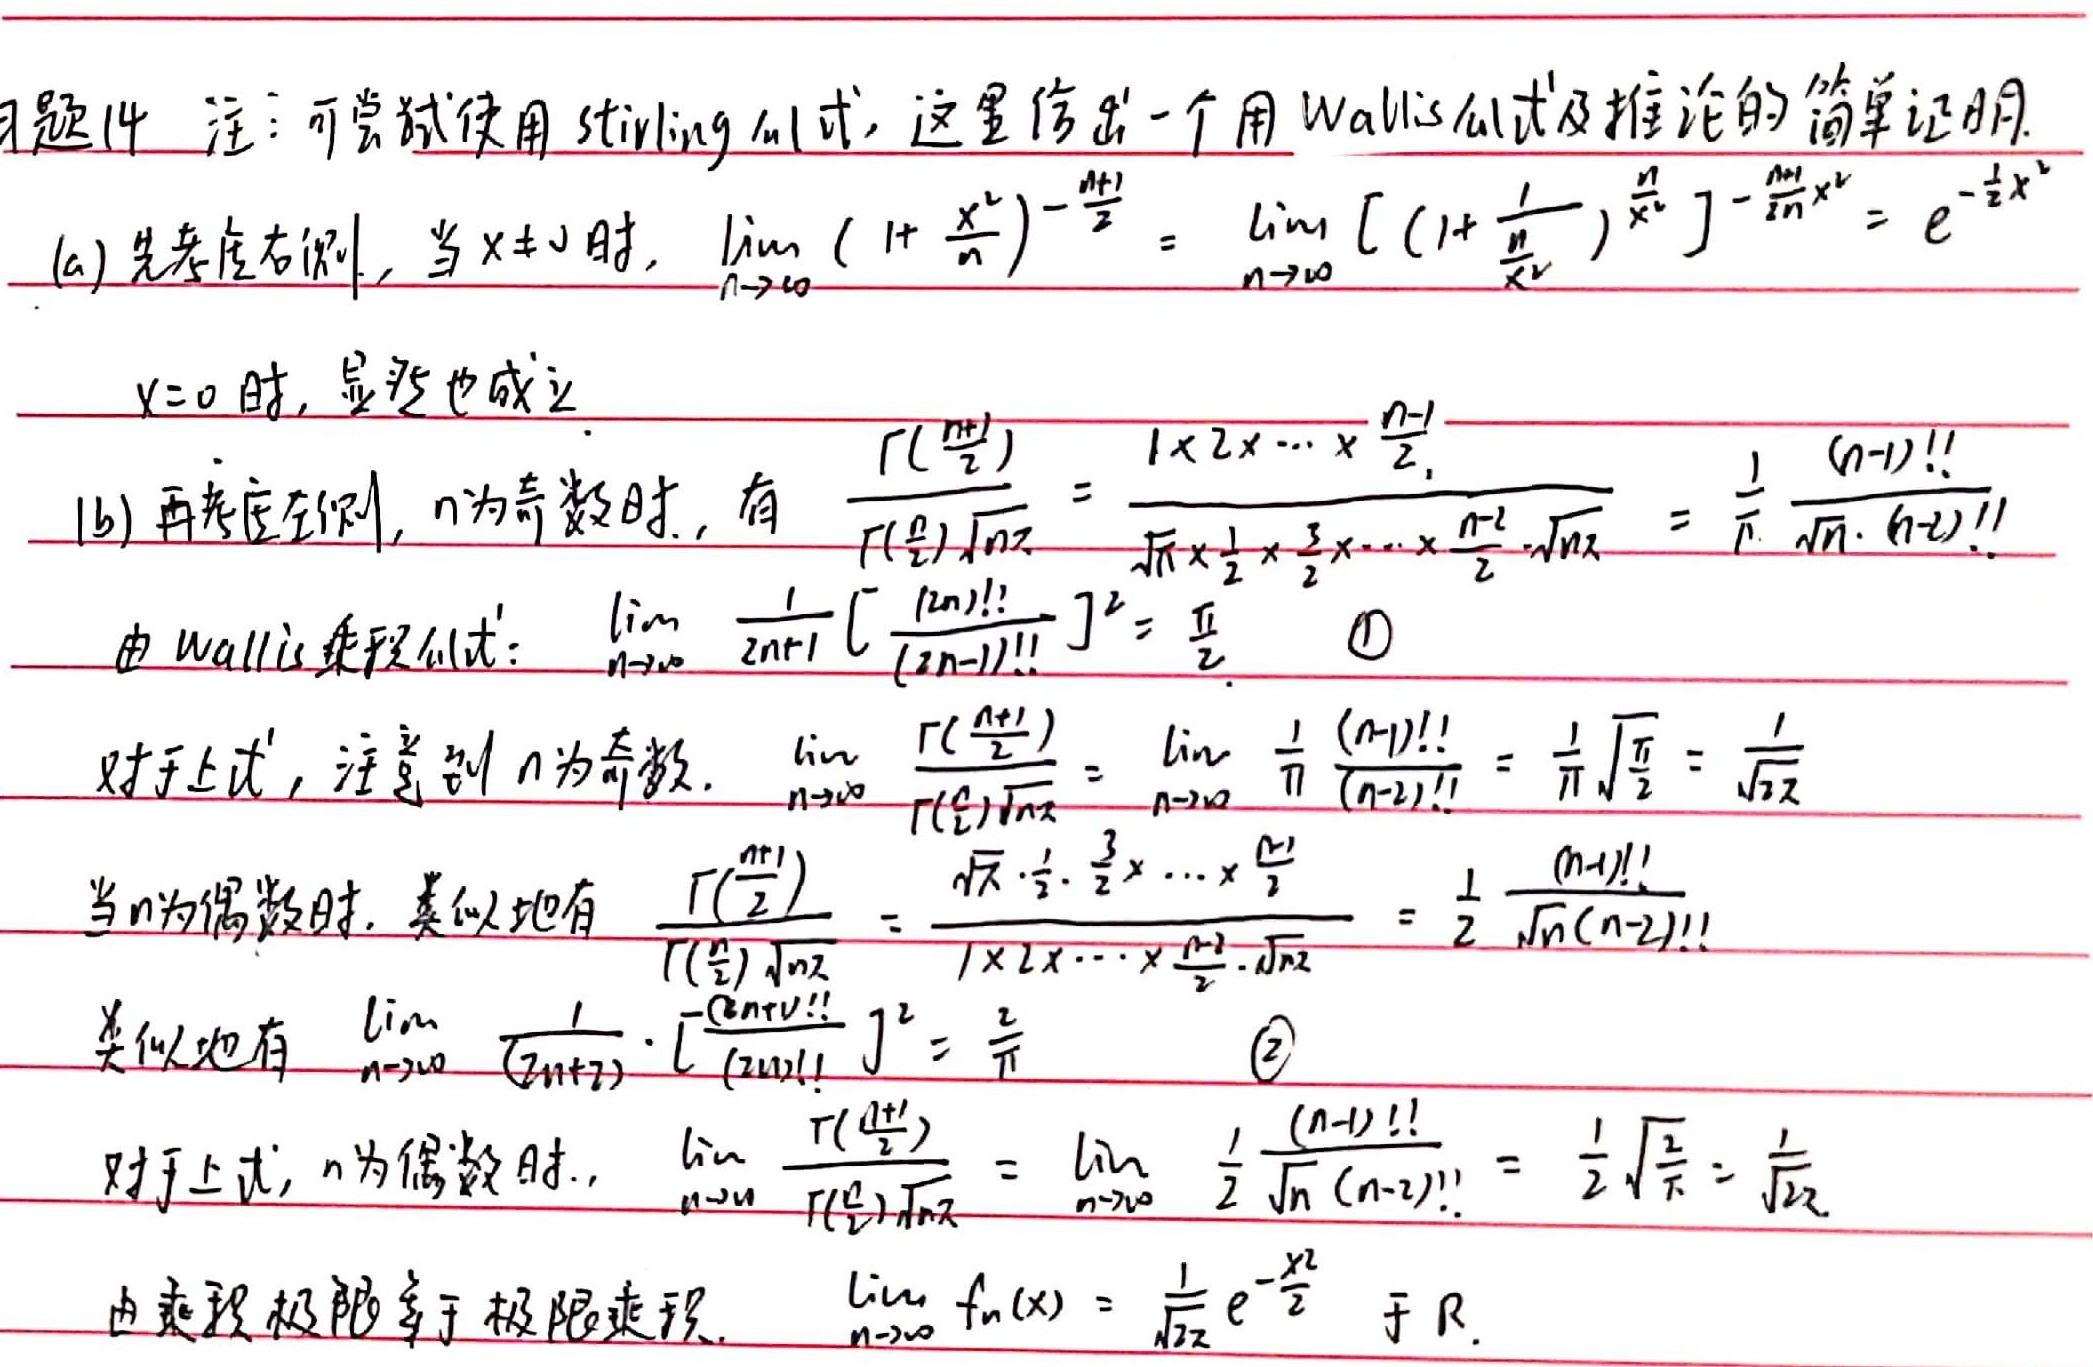
习题14 注：可尝试使用 Stirling 公式，这里给出一个用 Wallis 公式及推论的简单证明.
(a) 先考虑右侧，当 \(x\neq0\) 时, \(\lim_{n \to \infty} \left(1 + \frac{x^{2}}{n}\right)^{-\frac{n}{2}}=\lim_{n \to \infty} \left[\left(1 + \frac{1}{\frac{n}{x^{2}}}\right)^{\frac{n}{x^{2}}}\right]^{-\frac{x^{2}}{2}} = e^{-\frac{1}{2}x^{2}}\)
\(x = 0\) 时，显然也成立.
(b) 再考虑左侧，\(n\)为奇数时，有 \(\frac{\Gamma(\frac{n + 1}{2})}{\Gamma(\frac{n}{2})\sqrt{n}}=\frac{1\times2\times\cdots\times\frac{n - 1}{2}}{\sqrt{\pi}\times\frac{1}{2}\times\frac{3}{2}\times\cdots\times\frac{n - 2}{2}\cdot\sqrt{n}}=\frac{1}{\pi}\frac{(n - 1)!!}{\sqrt{n}\cdot(n - 2)!!}\)
由 Wallis 乘积公式：\(\lim_{n \to \infty} \frac{1}{2n + 1}\left[\frac{(2n)!!}{(2n-1)!!}\right]^{2}=\frac{\pi}{2}\) \textcircled{1}
对于上式，注意到 \(n\)为奇数. \(\lim_{n \to \infty} \frac{\Gamma(\frac{n + 1}{2})}{\Gamma(\frac{n}{2})\sqrt{n}}=\lim_{n \to \infty} \frac{1}{\pi}\frac{(n - 1)!!}{(n - 2)!!}=\frac{1}{\pi}\sqrt{\frac{\pi}{2}}=\frac{1}{\sqrt{2\pi}}\)
当 \(n\)为偶数时，类似地有 \(\frac{\Gamma(\frac{n + 1}{2})}{\Gamma(\frac{n}{2})\sqrt{n}}=\frac{\sqrt{\pi}\cdot\frac{1}{2}\cdot\frac{3}{2}\times\cdots\times\frac{n}{2}}{1\times2\times\cdots\times\frac{n - 2}{2}\cdot\sqrt{n}}=\frac{1}{2}\frac{(n - 1)!!}{\sqrt{n}(n - 2)!!}\)
类似地有 \(\lim_{n \to \infty} \frac{1}{(2n+2)}\cdot\left[\frac{(2n + 1)!!}{(2n)!!}\right]^{2}=\frac{2}{\pi}\) \textcircled{2}
对于上式，\(n\)为偶数时，\(\lim_{n \to \infty} \frac{\Gamma(\frac{n + 1}{2})}{\Gamma(\frac{n}{2})\sqrt{n}}=\lim_{n \to \infty} \frac{1}{2}\frac{(n - 1)!!}{\sqrt{n}(n - 2)!!}=\frac{1}{2}\sqrt{\frac{2}{\pi}}=\frac{1}{\sqrt{2\pi}}\)
由乘积极限等于极限乘积，\(\lim_{n \to \infty} f_{n}(x)=\frac{1}{\sqrt{2\pi}}e^{-\frac{x^{2}}{2}}\) 于 \(\mathbb{R}\).